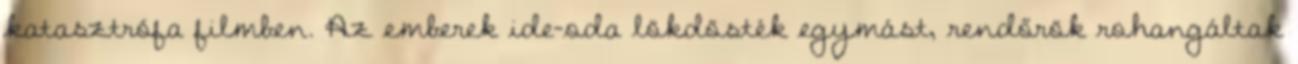
katasztrófa filmben. Az emberek ide-oda lökdösték egymást, rendőrök rohangáltak